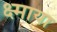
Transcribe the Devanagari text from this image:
क्ष्माया